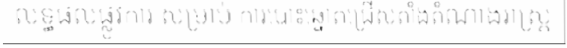
លទ្ធផលផ្លូវការ សម្រាប់ ការបោះឆ្នោតជ្រើសតាំងតំណាងរាស្ត្រ